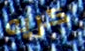
كريه